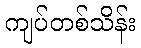
ကျပ်တစ်သိန်း